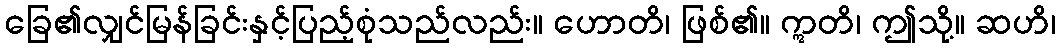
ခြေ၏လျှင်မြန်ခြင်းနှင့်ပြည့်စုံသည်လည်း။ ဟောတိ၊ ဖြစ်၏။ ဣတိ၊ ဤသို့။ ဆဟိ၊